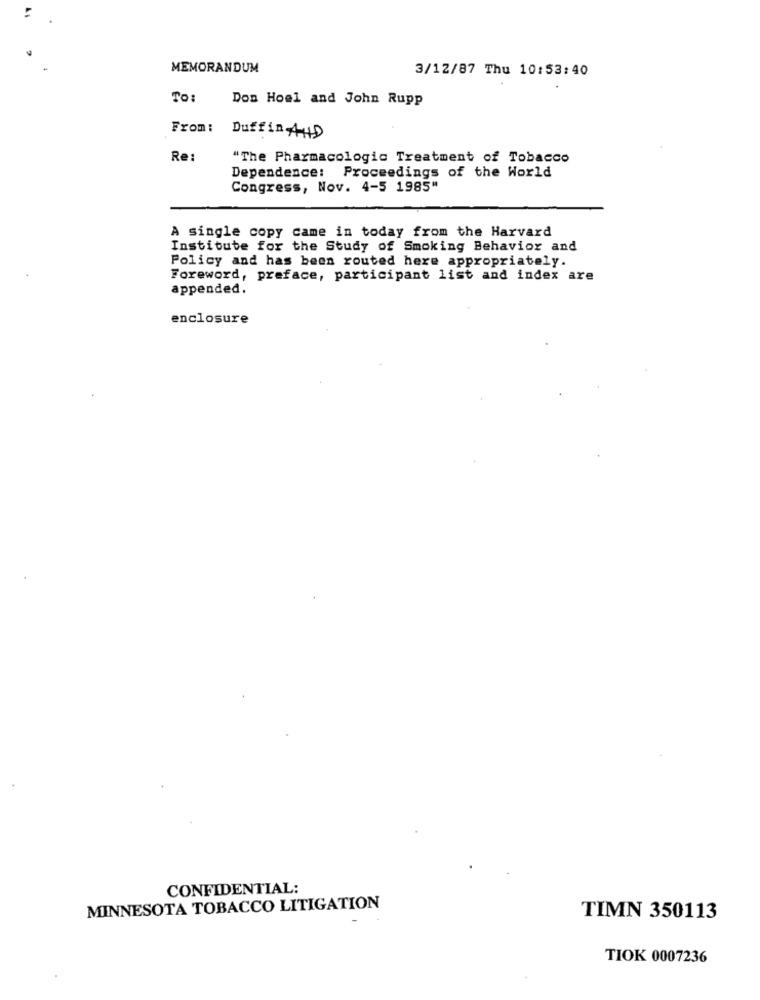
MEMORANDUM
3/12/87 Thu 10:53:40
To:
Don Hoel and John Rupp
From:
Duffin AND
Re:
"The Pharmacologic Treatment of Tobacco
Dependence: Proceedings of the World
Congress, Nov. 4-5 1985"
A single copy came in today from the Harvard
Institute for the Study of Smoking Behavior and
Policy and has been routed here appropriately.
Foreword, preface, participant list and index are
appended.
enclosure
CONFIDENTIAL:
MINNESOTA TOBACCO LITIGATION
TIMN 350113
TIOK 0007236